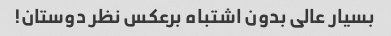
بسیار عالی بدون اشتباه برعکس نظر دوستان!